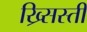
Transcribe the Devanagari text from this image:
ख्र्सिस्ती